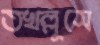
তখল্লুসে